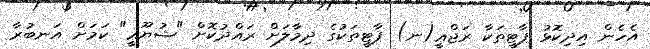
އެހެން އިދިކޮޅު ޕާޓީތަކާ ރަޖްޢީ(ނ) ޕާޓީތަކުގެ ދިމާލަށް ރައްދުކޮށް "ޝުޔޫޢީ" ކަމަށް އަނބުރާ